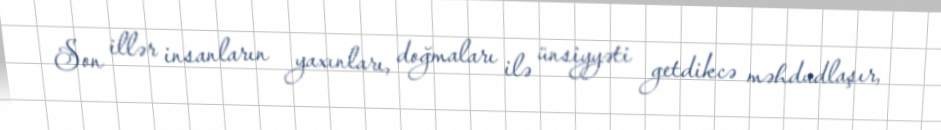
Son illər insanların yaxınları, doğmaları ilə ünsiyyəti getdikcə məhdudlaşır,